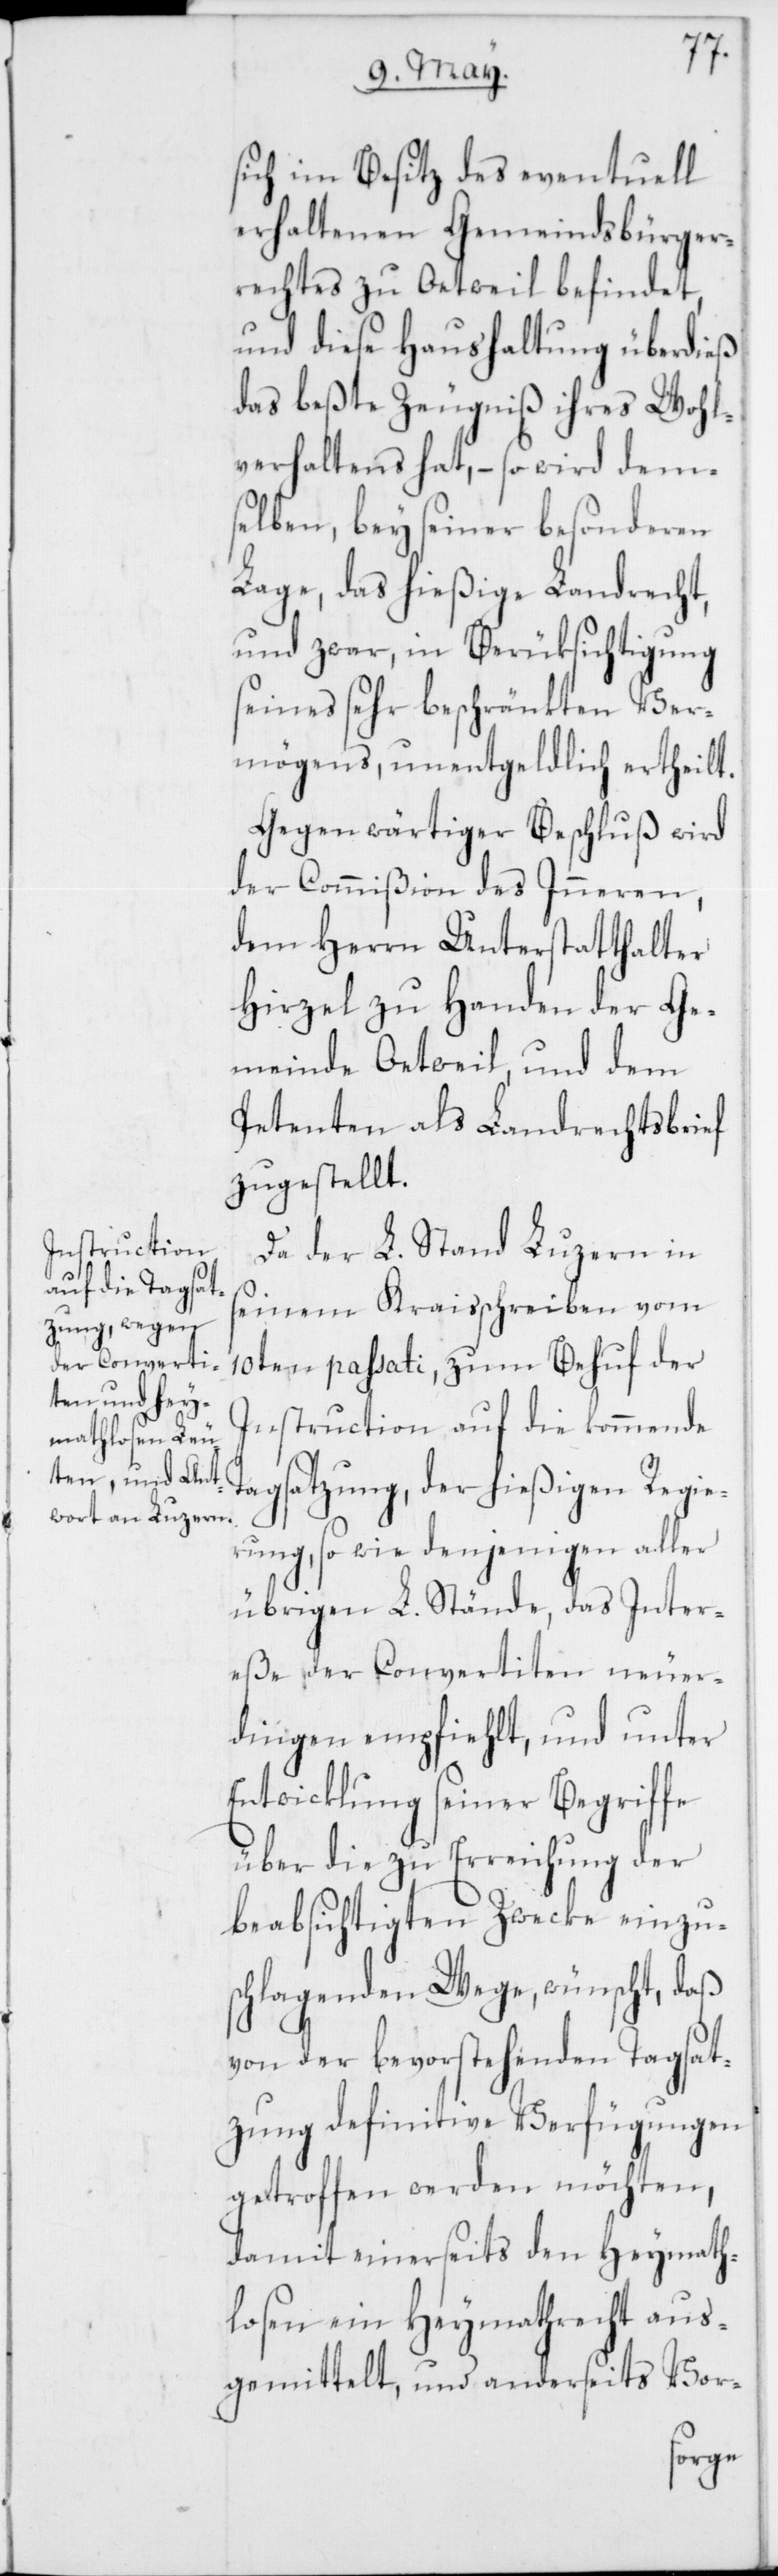
sich im Besitz des eventuell
erhaltenen Gemeindsbürger¬
rechtes zu Oetweil befindet,
und diese Haushaltung überdieß
das beßte Zeugniß ihres Wohl¬
verhaltens hat, – so wird dem¬
selben, bey seiner besonderen
Lage, das hießige Landrecht,
und zwar, in Berüksichtigung
seines sehr beschränkten Ver¬
mögens, unentgeldlich ertheilt.
Gegenwärtiger Beschluß wird
der Commißion des Inneren,
dem Herrn Unterstatthalter
Hirzel zu Handen der Ge¬
meinde Oetweil, und dem
Petenten als Landrechtsbrief
zugestellt.
Da der L. Stand Luzern in
seinem Kraisschreiben vom
10ten passati, zum Behuf der
Instruction auf die kommende
rung, so wie denjenigen aller
übrigen L. Stände, das Inter¬
eße der Convertiten neuer¬
dingen empfiehlt, und unter
Entwicklung seiner Begriffe
über die zu Erreichung der
beabsichtigten Zwecke einzu¬
schlagenden Wege, wünscht, daß
von der bevorstehenden Tagsat¬
zung definitive Verfügungen
getroffen werden möchten,
damit einerseits den Heymath¬
losen ein Heymathrecht aus¬
gemittelt, und anderseits Vor-
Regie¬